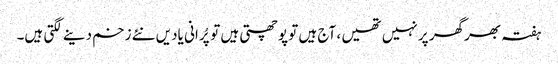
ہفتہ بھرگھر پر نہیں تھیں ، آج ہیں تو پوچھتی ہیں توپُرانی یادیں نئے زخم دینے لگتی ہیں۔